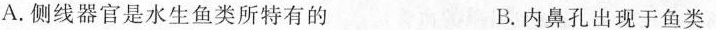
A.侧线器官是水生鱼类所特有的 B.内鼻孔出现于鱼类